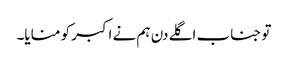
تو جناب اگلے دن ہم نے اکبر کو منایا۔